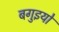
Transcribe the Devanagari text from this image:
बगुइयो